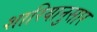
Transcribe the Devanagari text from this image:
शारियानुसार